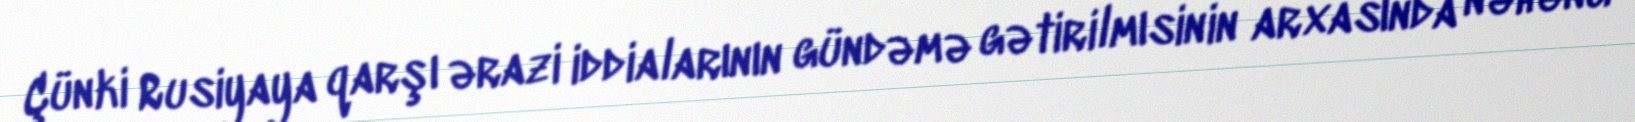
Çünki Rusiyaya qarşı ərazi iddialarının gündəmə gətirilmısinin arxasında nəhəng